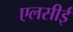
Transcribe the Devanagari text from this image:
एलसीई